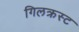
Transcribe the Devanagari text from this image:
गिलक्रस्ट